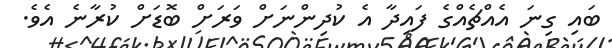
ބައި ގިނަ އެއްޗެއްގެ ފައިދާ އެ ކުދިންނަށް ވަރަށް ބޮޑަށް ކުރާނެ އެވެ.